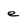
Character: e